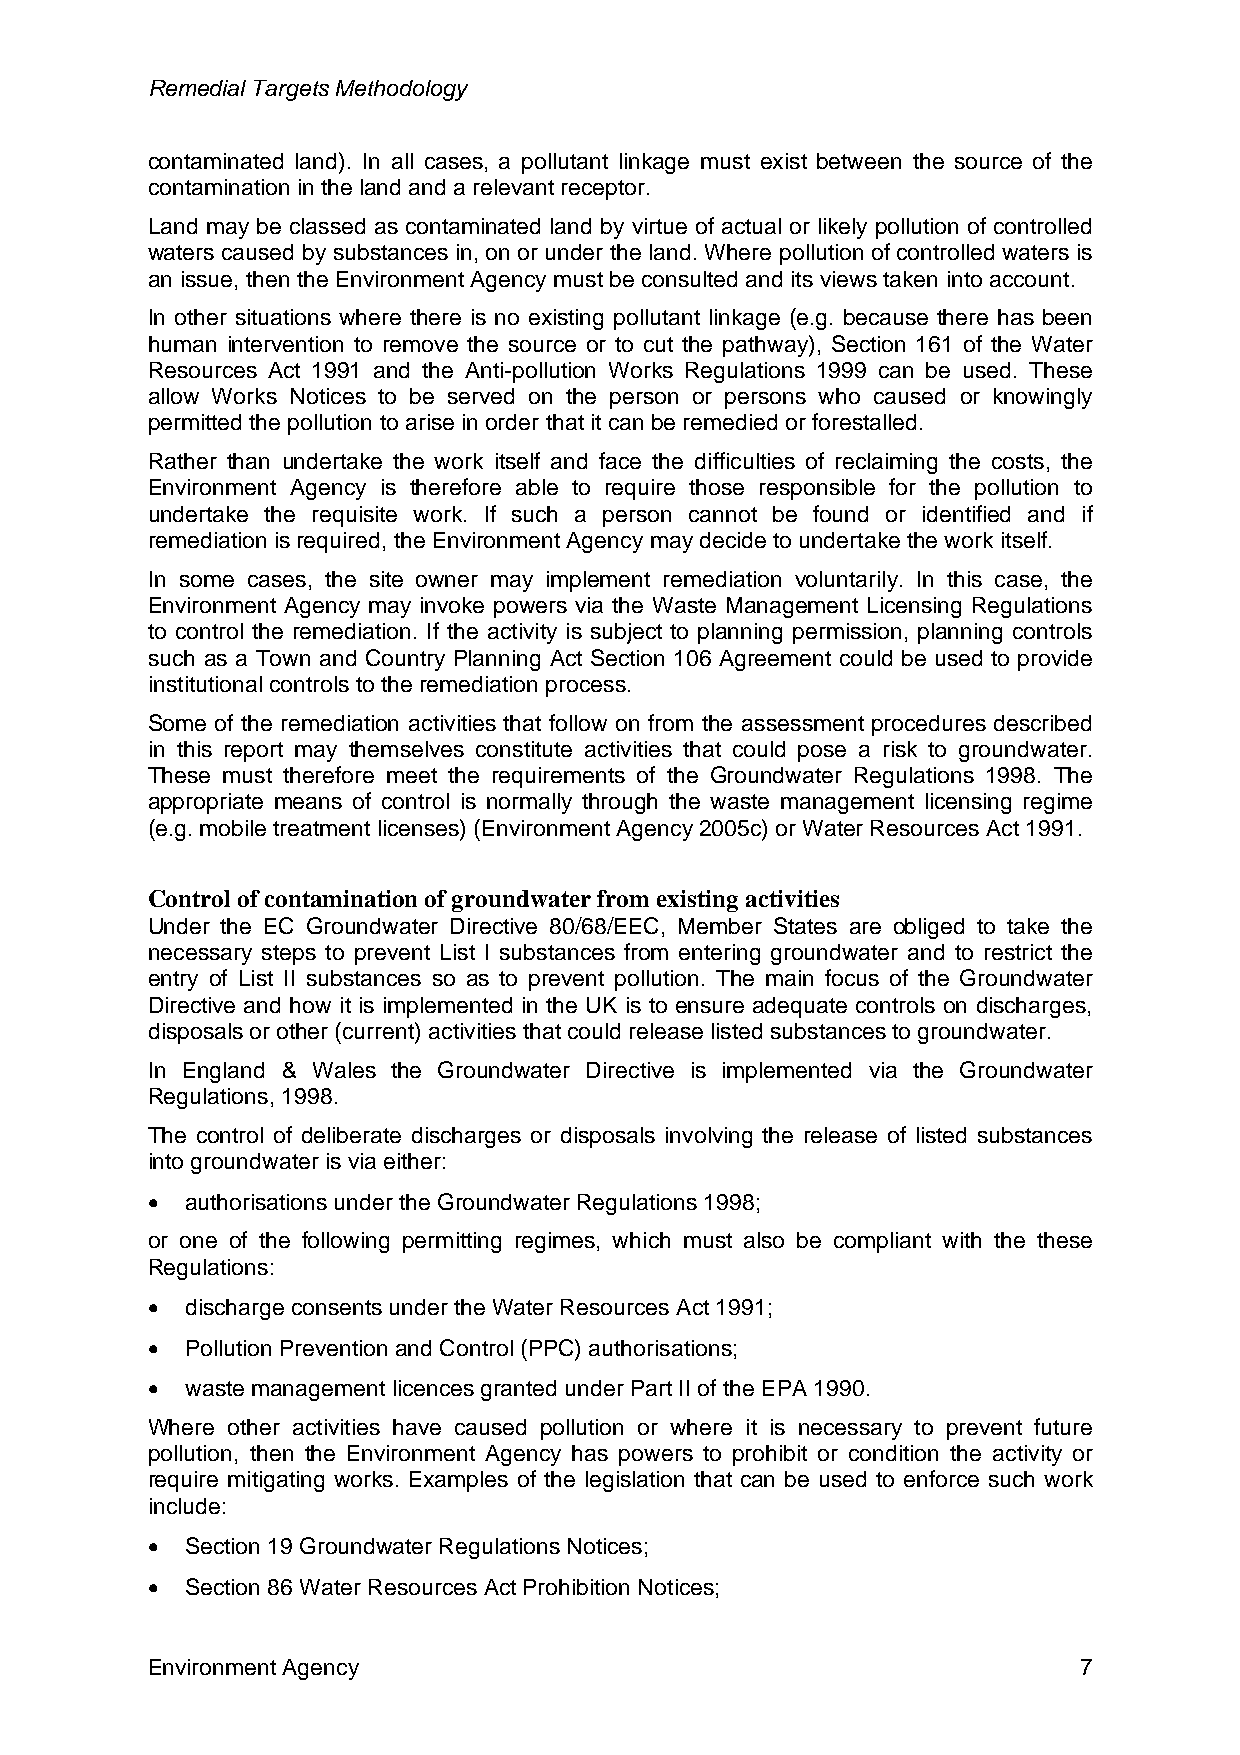
Remedial Targets Methodology
 contaminated land). In all cases, a pollutant linkage must exist between the source of the
 contamination in the land and a relevant receptor.
 Land may be classed as contaminated land by virtue of actual or likely pollution of controlled
 waters caused by substances in, on or under the land. Where pollution of controlled waters is
 an issue, then the Environment Agency must be consulted and its views taken into account.
 In other situations where there is no existing pollutant linkage (e.g. because there has been
 human intervention to remove the source or to cut the pathway), Section 161 of the Water
 Resources Act 1991 and the Anti-pollution Works Regulations 1999 can be used. These
 allow Works Notices to be served on the person or persons who caused or knowingly
 permitted the pollution to arise in order that it can be remedied or forestalled.
 Rather than undertake the work itself and face the difficulties of reclaiming the costs, the
 Environment Agency is therefore able to require those responsible for the pollution to
 undertake the requisite work. If such a person cannot be found or identified and if
 remediation is required, the Environment Agency may decide to undertake the work itself.
 In some cases, the site owner may implement remediation voluntarily. In this case, the
 Environment Agency may invoke powers via the Waste Management Licensing Regulations
 to control the remediation. If the activity is subject to planning permission, planning controls
 such as a Town and Country Planning Act Section 106 Agreement could be used to provide
 institutional controls to the remediation process.
 Some of the remediation activities that follow on from the assessment procedures described
 in this report may themselves constitute activities that could pose a risk to groundwater.
 These must therefore meet the requirements of the Groundwater Regulations 1998. The
 appropriate means of control is normally through the waste management licensing regime
 (e.g. mobile treatment licenses) (Environment Agency 2005c) or Water Resources Act 1991.
 Control of contamination of groundwater from existing activities
 Under the EC Groundwater Directive 80/68/EEC, Member States are obliged to take the
 necessary steps to prevent List I substances from entering groundwater and to restrict the
 entry of List II substances so as to prevent pollution. The main focus of the Groundwater
 Directive and how it is implemented in the UK is to ensure adequate controls on discharges,
 disposals or other (current) activities that could release listed substances to groundwater.
 In England & Wales the Groundwater Directive is implemented via the Groundwater
 Regulations, 1998.
 The control of deliberate discharges or disposals involving the release of listed substances
 into groundwater is via either:
 • authorisations under the Groundwater Regulations 1998;
 or one of the following permitting regimes, which must also be compliant with the these
 Regulations:
 • discharge consents under the Water Resources Act 1991;
 • Pollution Prevention and Control (PPC) authorisations;
 • waste management licences granted under Part II of the EPA 1990.
 Where other activities have caused pollution or where it is necessary to prevent future
 pollution, then the Environment Agency has powers to prohibit or condition the activity or
 require mitigating works. Examples of the legislation that can be used to enforce such work
 include:
 • Section 19 Groundwater Regulations Notices;
 • Section 86 Water Resources Act Prohibition Notices;
 Environment Agency                                            7